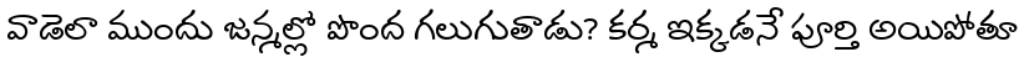
వాడెలా ముందు జన్మల్లో పొంద గలుగుతాడు? కర్మ ఇక్కడనే పూర్తి అయిపోతూ